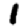
Digit: 1